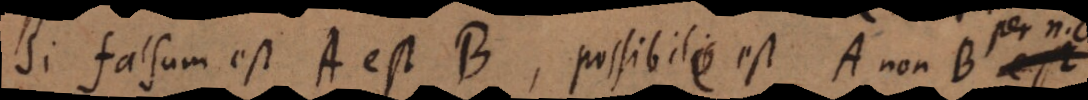
Si falsum est A est B, possibile est A non B per n.